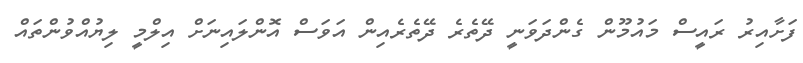
ފަށާއިރު ރައީސް މައުމޫން ގެންދަވަނީ ދޭތެރެ ދޭތެރެއިން އަވަސް އޮންލައިނަށް އިލްމީ ލިޔުއްވުންތައް